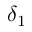
\delta _ { 1 }